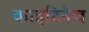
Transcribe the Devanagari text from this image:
काइटिनेज